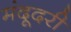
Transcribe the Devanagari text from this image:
मंदूदरी